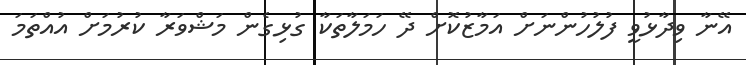
އޭނާ ވިދާޅުވީ ފުލުހުންނަށް އަމާޒުކޮށް ދޭ ހަމަލާތަކާ ގުޅިގެން މަޝްވަރާ ކުރުމަށް އުއްތަމަ